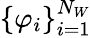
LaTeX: \{ \varphi_{i}\} _{i=1}^{N_{W}}